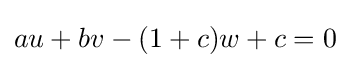
au+bv-(1+c)w+c=0